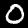
Digit: 0